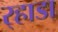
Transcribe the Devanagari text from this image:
र्‍हाडा